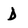
Character: D